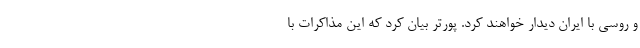
و روسی با ایران دیدار خواهند کرد. پورتر بیان کرد که این مذاکرات با